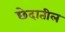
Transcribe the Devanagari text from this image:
छेदातील